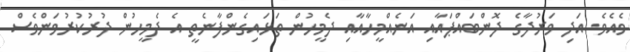
ވެއެވެ. އަދި ވަރުދާގެ ދޮންބައްޕައާއި އަނެއްމީހާއާއި ދެމީހުން ތަޅައިގެންފާނެތީ އެ ދެމީހުން ދުރުކުރުވަންވެސް